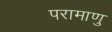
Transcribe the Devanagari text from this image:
परामाणु